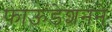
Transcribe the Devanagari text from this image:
फाऊंडेशनने